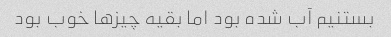
بستنیم آب شده بود اما بقیه چیزها خوب بود